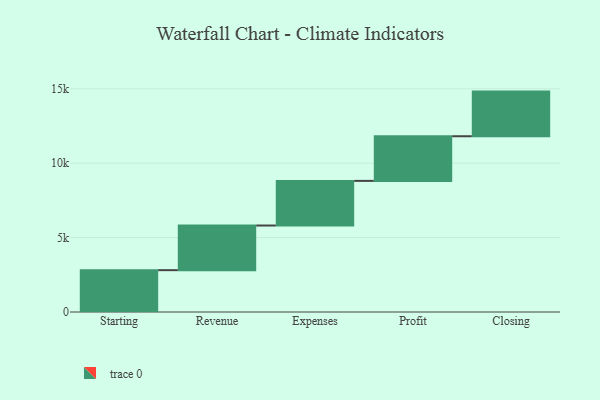
{"axis": {"x": "Step", "y": "Value"}, "legend": [""], "data": [{"x": "Starting", "y": 2812.0, "type": ""}, {"x": "Revenue", "y": 3000, "type": ""}, {"x": "Expenses", "y": 3000, "type": ""}, {"x": "Profit", "y": 3000, "type": ""}, {"x": "Closing", "y": 3000, "type": ""}]}